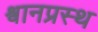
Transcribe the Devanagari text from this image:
श्वानप्रस्थ